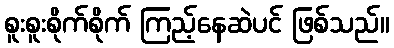
စူးစူးစိုက်စိုက် ကြည့်နေဆဲပင် ဖြစ်သည်။